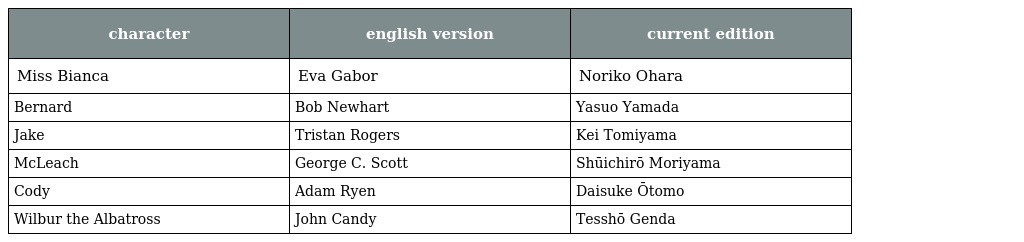
| character | english version | current edition |
 | --- | --- | --- |
 | Miss Bianca | Eva Gabor | Noriko Ohara |
 | Bernard | Bob Newhart | Yasuo Yamada |
 | Jake | Tristan Rogers | Kei Tomiyama |
 | McLeach | George C. Scott | Shūichirō Moriyama |
 | Cody | Adam Ryen | Daisuke Ōtomo |
 | Wilbur the Albatross | John Candy | Tesshō Genda |